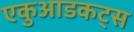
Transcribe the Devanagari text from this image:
एकुआडकट्स